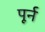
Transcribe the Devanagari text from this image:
पूर्न